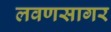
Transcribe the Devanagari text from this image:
लवणसागर